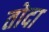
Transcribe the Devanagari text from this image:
तोदा